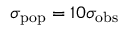
\sigma _ { \mathrm { p o p } } = 1 0 \sigma _ { \mathrm { o b s } }